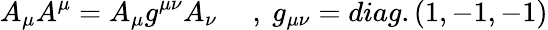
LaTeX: A_{\mu}A^{\mu}=A_{\mu}g^{\mu\nu}A_{\nu}~~~~~,~g_{\mu\nu}=diag.(1,-1,-1)